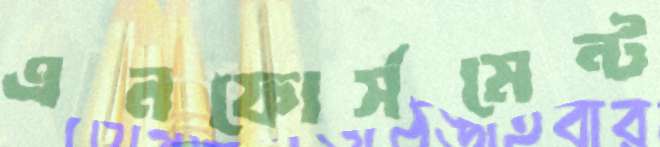
এনফোর্সমেন্ট